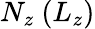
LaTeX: N_{z}\ (L_{z})